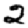
Digit: 2